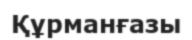
Құрманғазы